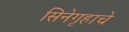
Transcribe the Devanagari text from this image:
सिनेगृहाचे